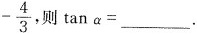
- \frac { 4 } { 3 }$$，则$$\tana=$$___.